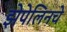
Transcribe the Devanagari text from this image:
झेपेलिनचे